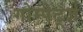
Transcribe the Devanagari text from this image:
गोम्पेर्ट्ज़